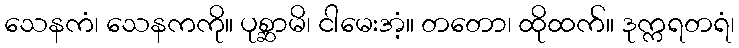
သေနကံ၊ သေနကကို။ ပုစ္ဆာမိ၊ ငါမေးအံ့။ တတော၊ ထိုထက်။ ဒုက္ကရတရံ၊